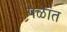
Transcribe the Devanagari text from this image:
पळांत